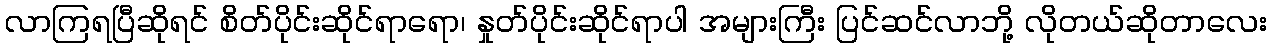
လာကြရပြီဆိုရင် စိတ်ပိုင်းဆိုင်ရာရော၊ နှုတ်ပိုင်းဆိုင်ရာပါ အများကြီး ပြင်ဆင်လာဘို့ လိုတယ်ဆိုတာလေး